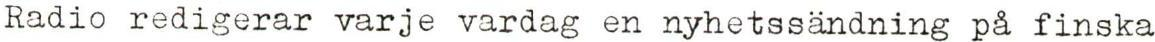
Radio redigerar varje vardag en nyhetssändning på finska